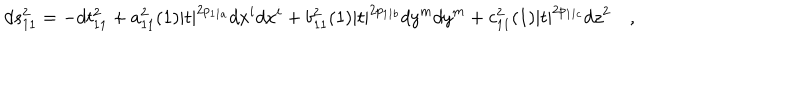
d s _ { 1 1 } ^ { 2 } = - d t _ { 1 1 } ^ { 2 } + a _ { 1 1 } ^ { 2 } ( 1 ) | t | ^ { 2 p _ { 1 1 a } } d x ^ { i } d x ^ { i } + b _ { 1 1 } ^ { 2 } ( 1 ) | t | ^ { 2 p _ { 1 1 b } } d y ^ { m } d y ^ { m } + c _ { 1 1 } ^ { 2 } ( 1 ) | t | ^ { 2 p _ { 1 1 c } } d z ^ { 2 } \quad ,